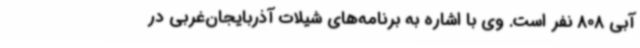
آبی 808 نفر است. وی با اشاره به برنامه‌های شیلات آذربایجان‌غربی در